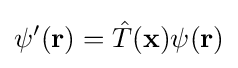
\psi '(\mathbf {r} )={\hat {T}}(\mathbf {x} )\psi (\mathbf {r} )